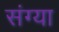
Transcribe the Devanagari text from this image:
संग्या